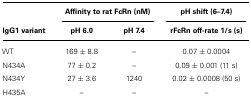
<table><thead><tr><td></td><td colspan="2"><b>Affinity to rat FcRn (nM)</b></td><td><b>pH shift (6–7.4)</b></td></tr><tr><td><b>IgG1 variant</b></td><td><b>pH 6.0</b></td><td><b>pH 7.4</b></td><td><b>rFcRn off-rate 1/s (s)</b></td></tr></thead><tbody><tr><td>WT</td><td>169 ± 8.8</td><td>–</td><td>0.07 ± 0.0004</td></tr><tr><td>N434A</td><td>77 ± 0.2</td><td>–</td><td>0.09 ± 0.001 (11 s)</td></tr><tr><td>N434Y</td><td>27 ± 3.6</td><td>1240</td><td>0.02 ± 0.0008 (50 s)</td></tr><tr><td>H435A</td><td>–</td><td>–</td><td>–</td></tr></tbody></table>